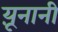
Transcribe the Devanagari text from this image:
य़ूनानी